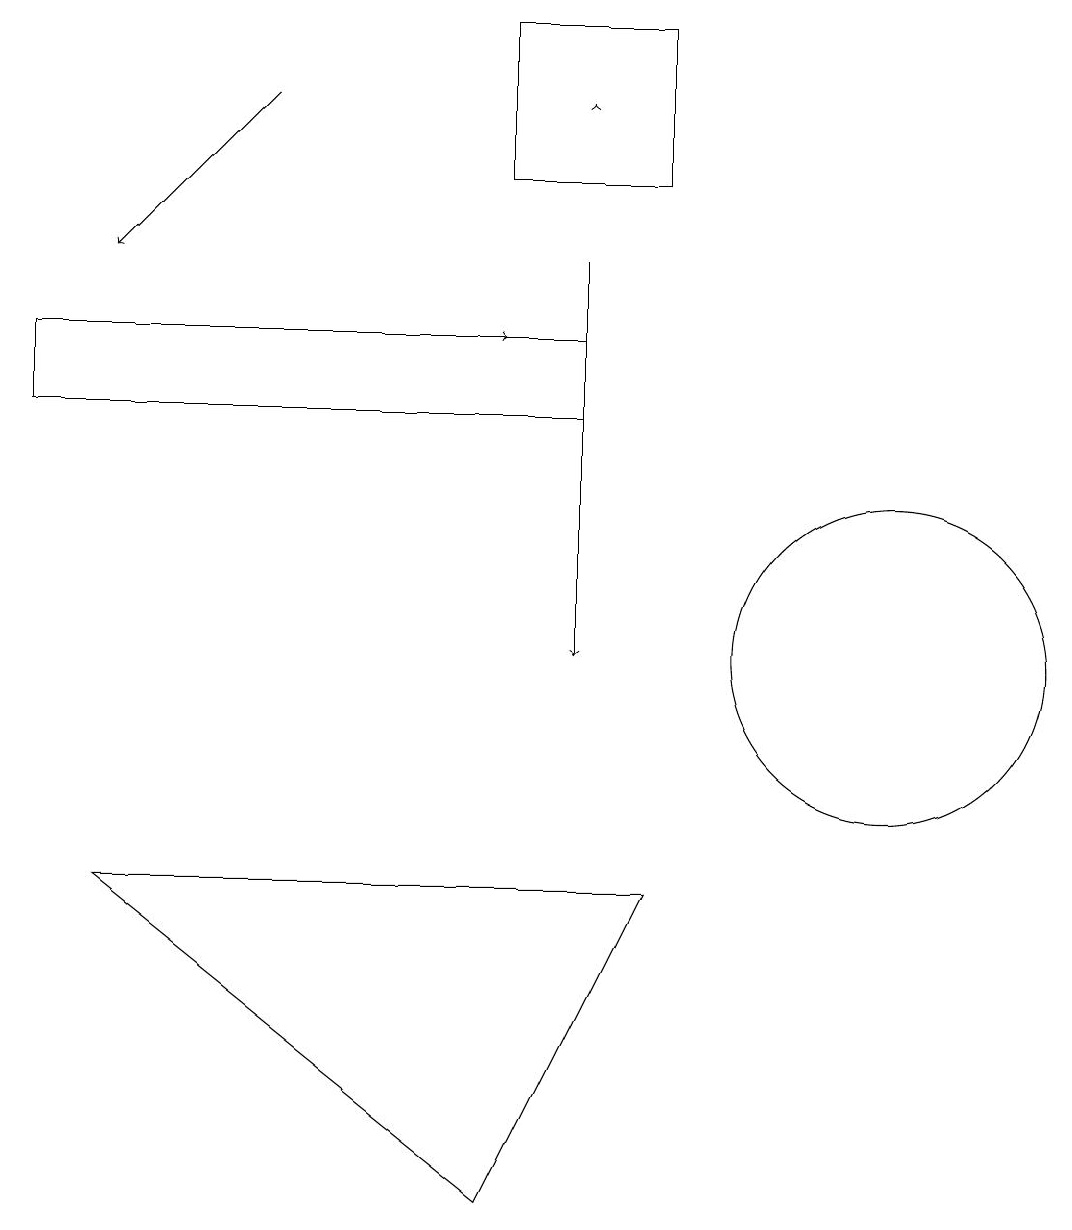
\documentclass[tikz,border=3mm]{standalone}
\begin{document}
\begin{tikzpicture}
\draw (7,14) rectangle (0,13);
\draw[->] (3,14) -- (6,14);
\draw[->] (7,17) -- (7,17);
\draw (8,16) rectangle (6,18);
\draw[->] (3,17) -- (1,15);
\draw (6,3) -- (8,7) -- (1,7) -- cycle;
\draw[->] (7,15) -- (7,10);
\draw (11,10) circle (2);
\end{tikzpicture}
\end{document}